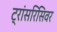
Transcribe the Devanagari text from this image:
ट्रांसरिसिवर